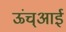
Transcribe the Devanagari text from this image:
ऊंच्आई